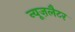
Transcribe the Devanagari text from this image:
न्यूज़लैटर